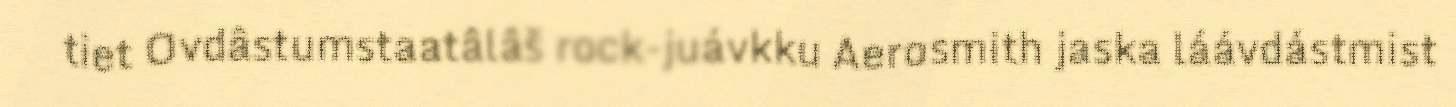
tiet Ovdâstumstaatâlâš rock-juávkku Aerosmith jaska láávdástmist